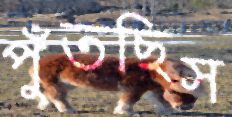
পুঁতছিস